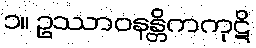
၁။ ဥဿာဝနန္တိကကုဋိ